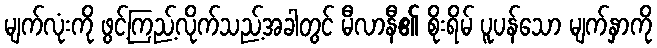
မျက်လုံးကို ဖွင့်ကြည့်လိုက်သည့်အခါတွင် မီလာနီ၏ စိုးရိမ် ပူပန်သော မျက်နှာကို